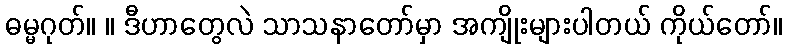
ဓမ္မဂုတ်။ ။ ဒီဟာတွေလဲ သာသနာတော်မှာ အကျိုးများပါတယ် ကိုယ်တော်။